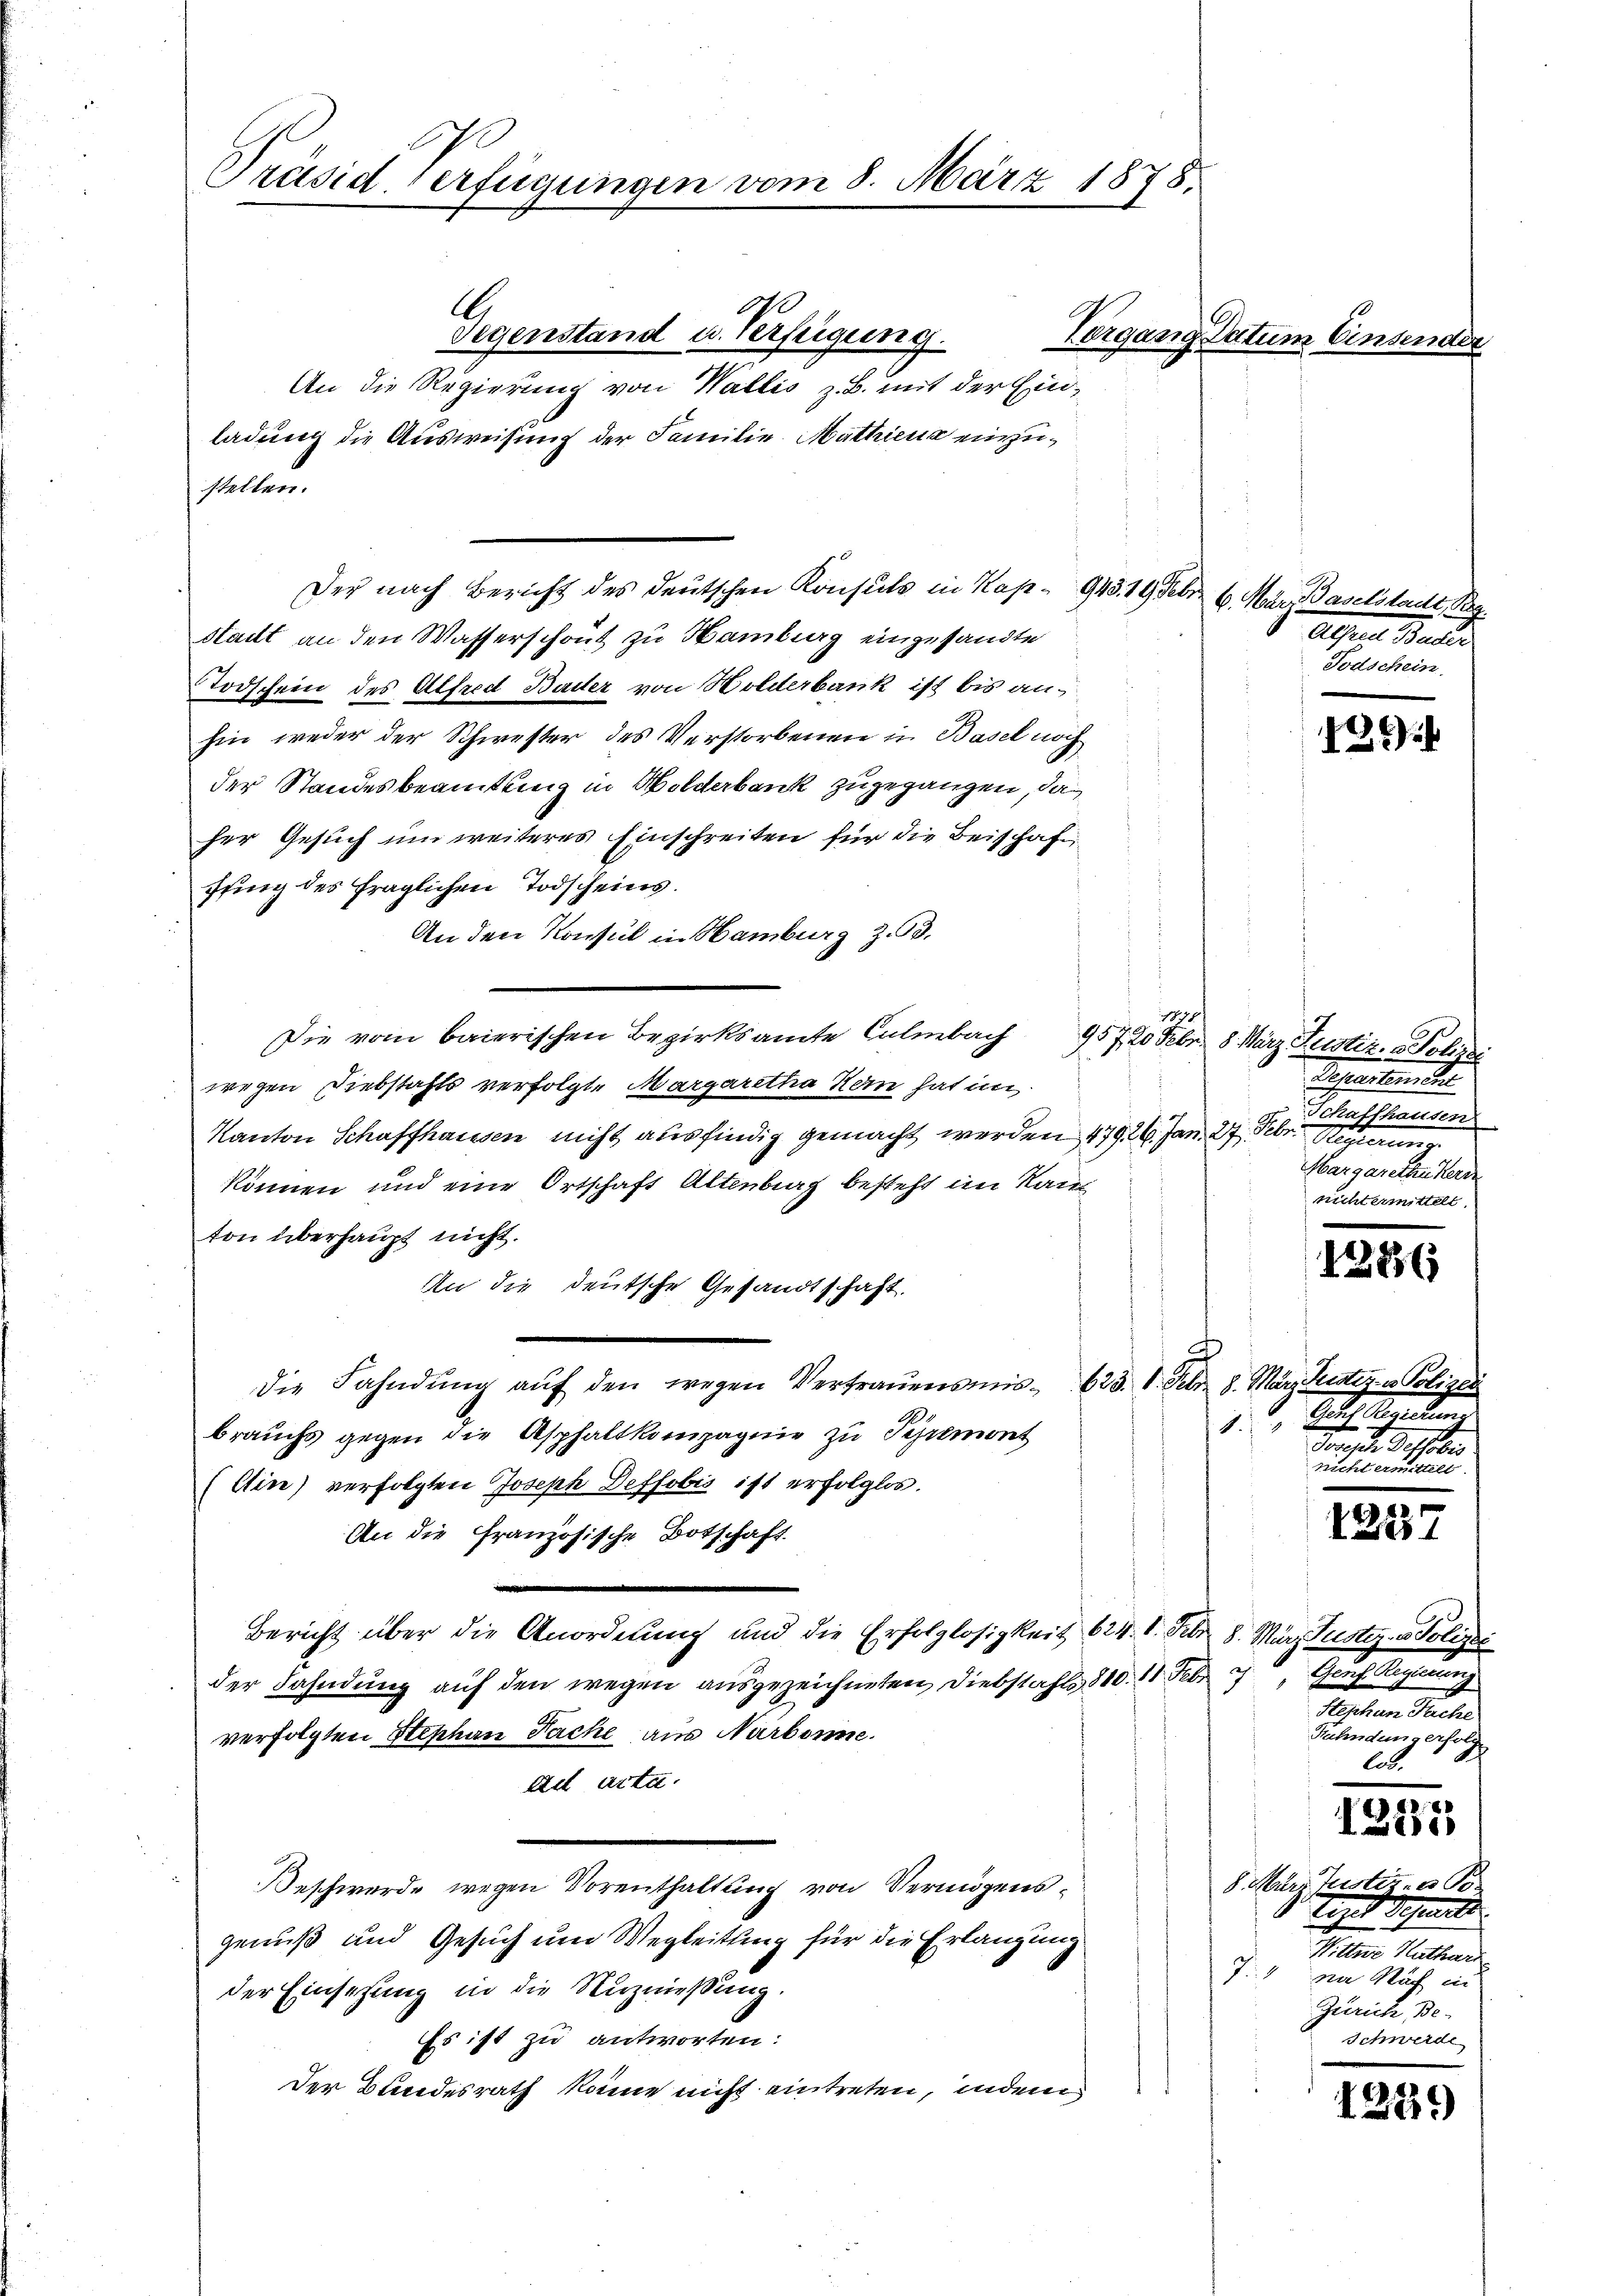
Präsid Verfügungen vom 8. März 1878.

stellen.

A
Gegenstand u. Verfügung.
An die Regierung von Wallis z. B. mit der Einladung die Ausweisung der Familie Mathiena einzu¬
Der nach Bericht des deutschen Konsuls in Kap. 945. 19 Febr. 6. März daselstadt Reg
Stadt an den Wasserschaut zu Hamburg eingesandte
Todschein des Alfred Bader von Holderbank ist bis anhin weder der Schwester des Verstorbenen in Basel noch
der Standesbeamtung in Holderbank zugegangen, das
ser Gesuch um weiteres Einschreiten für die Beischaft
fung des fraglichen Todscheins.
An den Konsul in Hamburg Z. 53.
Die vom baierischen Bezirksamte Culmbach 957, 20 Febr. 8. März Justiz- & Polizei
wegen Diebstahls verfolgte Margaretha Kein hat in
Kanton Schaffhausen nicht ausfindig gemacht werden 479. 26. Jan. 27. Febr. 1889
können und eine Ortschaft Altenburg besteht im Kan
ton überhaupt nicht.
An die deutsche Gesandtschaft.
c
die Fahndŭng aŭf den wegen Vertrauensmis 623. 1. Febr. 8. März Justiz u. Polizei
1.)
brauchs gegen die Asphaltkompagnie zu Premont
(Cier) verfolgten Joseph Deffobis ist erfolglos.
An die französische Botschaft.
Bericht über die Anordnung und die Erfolglosigkeit 624. 1. Febr. 8. März Justiz- u Polizei
der Fahndung auf den wegen ausgezeichneten Diebstahls 810. 11. Febr
verfolgten Stephan Fache aus Narbonne.
ad acta.
eschwerde wegen Vorenthaltung von Vermögensgenuß und Gesuch um Wegleitung für die Erlangung
7.
der Einsetzung in die Unzniessung.
Es ist zu antworten:
Der Bundesrath könne nicht eintreten, indem

s

Vergang Datum Einsender

Alfred Buder
Todschein

1771
Testamenti
Schaffhausen
ee eine eine
nichtermittelt.

Stehlen und
Frister dessen
nicht ermittelt.

126

1286

.
s

Genf Regierung
Stephan Sache
Rahndung erfolg
les.

2
1225

8. Mar. Justiz- u B
Tegel Schreite
Wittwe Kathari
na Nach in
Zürich, Be¬
Schwerde

1239)